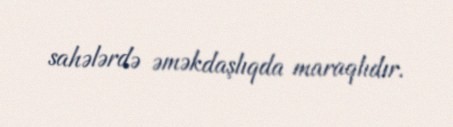
sahələrdə əməkdaşlıqda maraqlıdır.